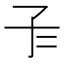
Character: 𡤾